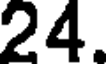
24.